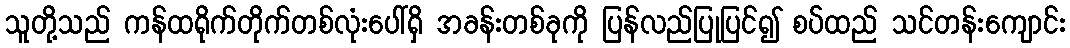
သူတို့သည် ကန်ထရိုက်တိုက်တစ်လုံးပေါ်ရှိ အခန်းတစ်ခုကို ပြန်လည်ပြုပြင်၍ စပ်ထည် သင်တန်းကျောင်း